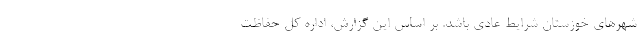
شهرهای خوزستان شرایط عادی باشد. بر اساس این گزارش، اداره کل حفاظت